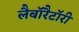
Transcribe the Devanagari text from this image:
लैबाॅरैटाॅरी